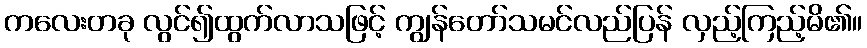
ကလေးတခု လွင်၍ထွက်လာသဖြင့် ကျွန်တော်သမင်လည်ပြန် လှည့်ကြည့်မိ၏။